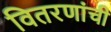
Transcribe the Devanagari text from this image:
वितरणांची